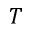
T